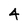
Character: 4